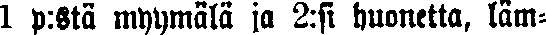
1 p:stä myymälä ja 2:si huonetta, läm-